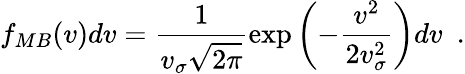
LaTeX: f_{MB}(v)dv=\frac{1}{v_{\sigma}\sqrt{2\pi}}\exp\left(-\frac{v^{2}}{2v_{\sigma}^{2}}\right)dv\, \, \, .